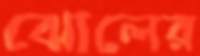
ঝোলের